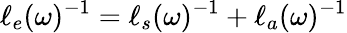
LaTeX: \ell_{e}(\omega)^{-1}=\ell_{s}(\omega)^{-1}+\ell_{a}(\omega)^{-1}